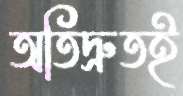
অতিদ্রুতই